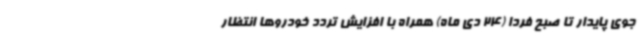
جوی پایدار تا صبح فردا (24 دی ماه) همراه با افزایش تردد خودروها انتظار